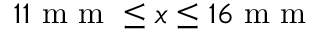
1 1 \mathrm { ~ m ~ m ~ } \leq x \leq 1 6 \mathrm { ~ m ~ m ~ }